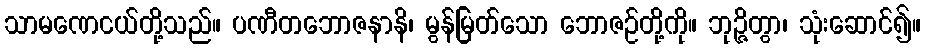
သာမဏေငယ်တို့သည်။ ပဏီတဘောဇနာနိ၊ မွန်မြတ်သော ဘောဇဉ်တို့ကို။ ဘုဉ္ဇိတွာ၊ သုံးဆောင်၍။